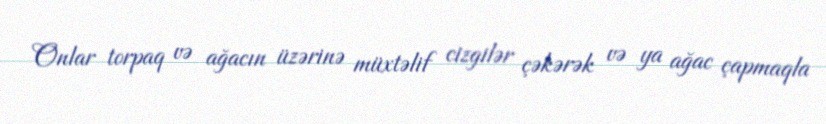
Onlar torpaq və ağacın üzərinə müxtəlif cizgilər çəkərək və ya ağac çapmaqla